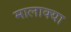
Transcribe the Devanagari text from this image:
मालाक्‍या